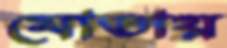
মোতায়